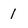
Character: 1